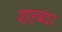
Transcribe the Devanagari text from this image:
शाहबंदर